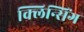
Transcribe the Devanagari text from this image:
क्लिन्सिंग